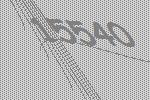
15540